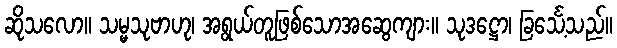
ဆိုသလော။ သမ္မသုဗာဟု၊ အရွယ်တူဖြစ်သောအဆွေကျား။ သုဒဋ္ဌော၊ ခြင်္သေ့သည်။